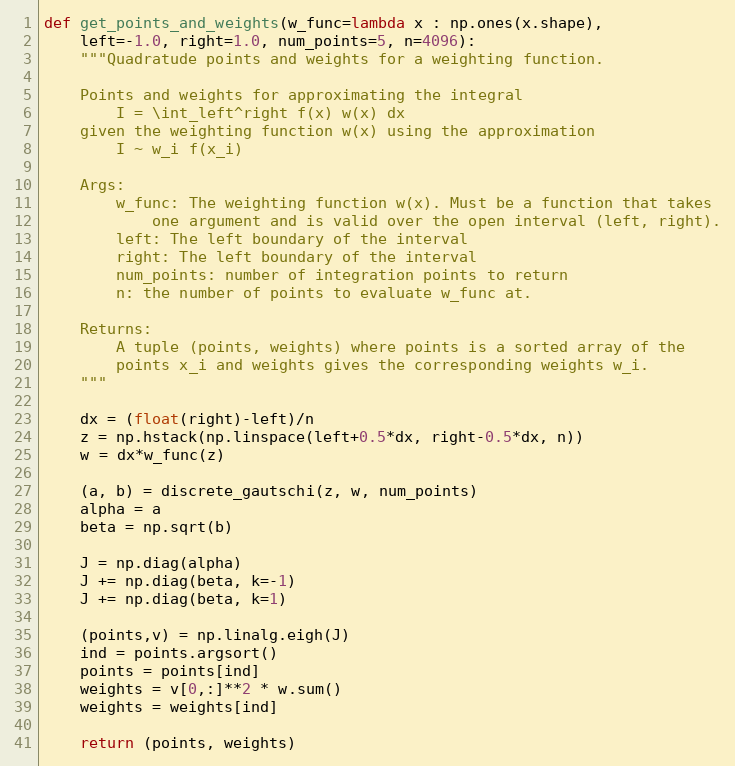
Language: Python
def get_points_and_weights(w_func=lambda x : np.ones(x.shape),
    left=-1.0, right=1.0, num_points=5, n=4096):
    """Quadratude points and weights for a weighting function.

    Points and weights for approximating the integral
        I = \int_left^right f(x) w(x) dx
    given the weighting function w(x) using the approximation
        I ~ w_i f(x_i)

    Args:
        w_func: The weighting function w(x). Must be a function that takes
            one argument and is valid over the open interval (left, right).
        left: The left boundary of the interval
        right: The left boundary of the interval
        num_points: number of integration points to return
        n: the number of points to evaluate w_func at.

    Returns:
        A tuple (points, weights) where points is a sorted array of the
        points x_i and weights gives the corresponding weights w_i.
    """

    dx = (float(right)-left)/n
    z = np.hstack(np.linspace(left+0.5*dx, right-0.5*dx, n))
    w = dx*w_func(z)

    (a, b) = discrete_gautschi(z, w, num_points)
    alpha = a
    beta = np.sqrt(b)

    J = np.diag(alpha)
    J += np.diag(beta, k=-1)
    J += np.diag(beta, k=1)

    (points,v) = np.linalg.eigh(J)
    ind = points.argsort()
    points = points[ind]
    weights = v[0,:]**2 * w.sum()
    weights = weights[ind]

    return (points, weights)